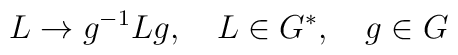
L\rightarrow g^{-1}Lg,   \quad   L\in G^{*}, \quad g\in G